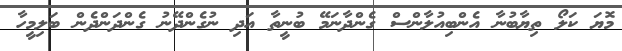
މޮޔަ ކަލޯ ތިޔާބުނާ އެންބިއުލާންސް ގެންދާނަމޭ ބުނީތާ އަދި ނުގެންދޭނު ގެންދަންދެން ބަލިމީހާ